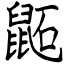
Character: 鼫